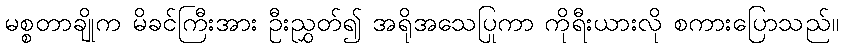
မစ္စတာချိုက မိခင်ကြီးအား ဦးညွှတ်၍ အရိုအသေပြုကာ ကိုရီးယားလို စကားပြောသည်။